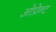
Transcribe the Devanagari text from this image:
ओप्रेन्ट